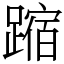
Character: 蹜